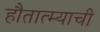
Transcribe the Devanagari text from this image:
हौतात्म्याची